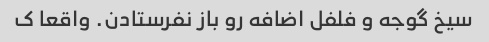
سیخ گوجه و فلفل اضافه رو باز نفرستادن. واقعا ک